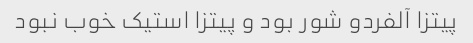
پیتزا آلفردو شور بود و پیتزا استیک خوب نبود